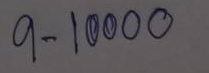
9 - 10000